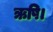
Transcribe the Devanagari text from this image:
ऋषि।